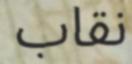
نقاب